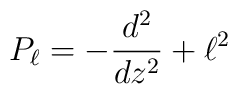
P_{\ell} = - {{d^2} \over {dz^2}} + \ell^2